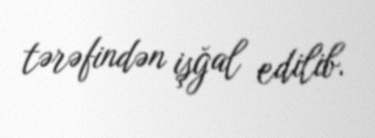
tərəfindən işğal edilib.